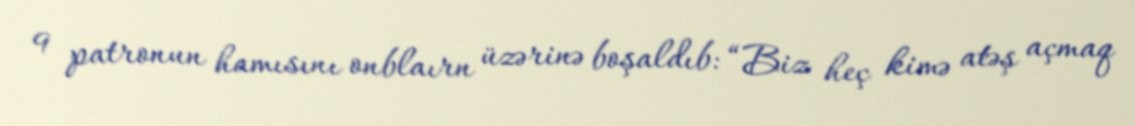
9 patronun hamısını onblaırn üzərinə boşaldıb: “Biz heç kimə atəş açmaq